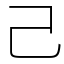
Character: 己